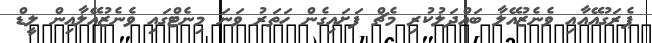
ޕެރަގުއޭއާއި ވެނެޒުއޭލާ ބައްދަލުކުރި މެޗް ފަށައިގެން ހަތަރު ވަނަ މިނެޓްގައި ވެނެޒުއޭލާއިން ލީޑް